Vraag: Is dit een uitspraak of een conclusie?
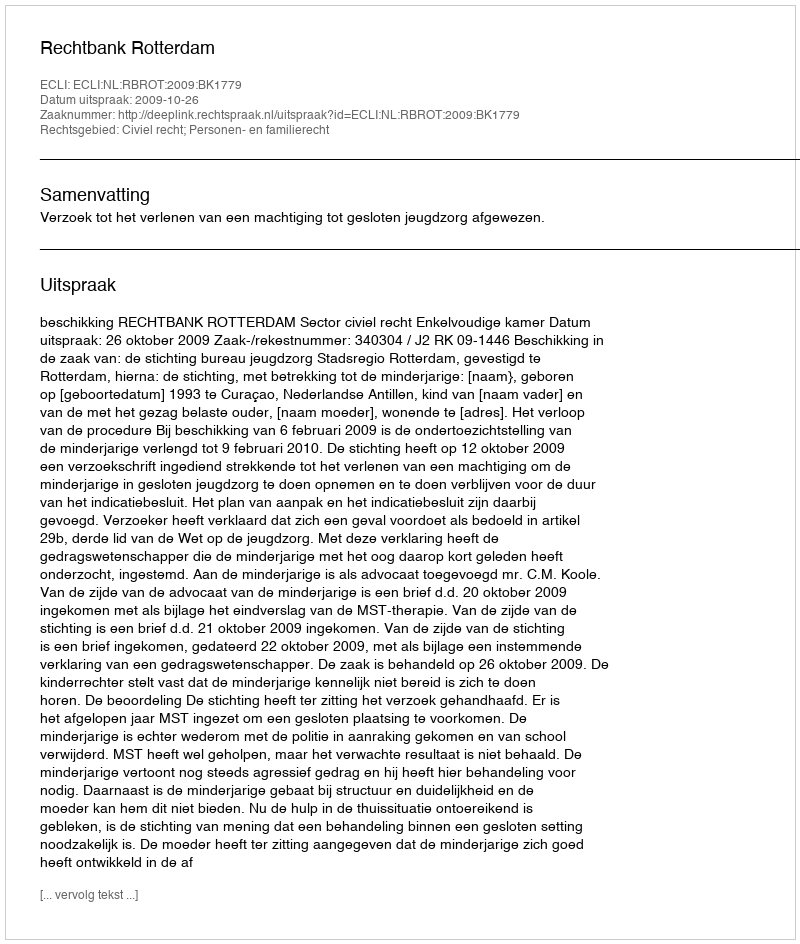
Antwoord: Uitspraak